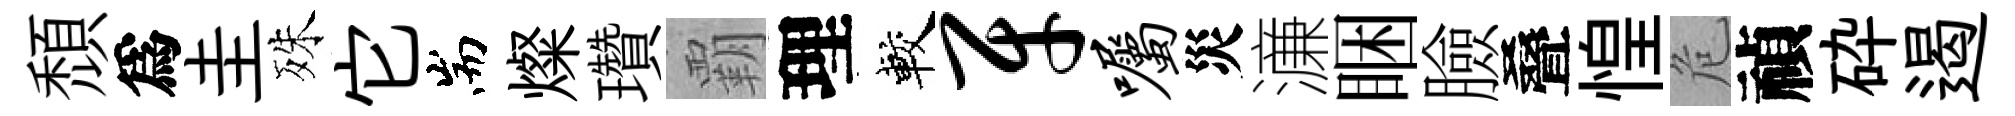
頹爲圭殊它耑燦瓚覇理較牙嘱災濓睏臉叠惶危禎砕遏